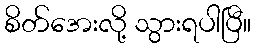
စိတ်အေးလို့ သွားရပါပြီ။